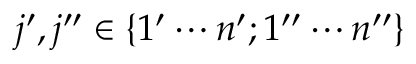
j ^ { \prime } , j ^ { \prime \prime } \in \{ 1 ^ { \prime } \cdots n ^ { \prime } ; 1 ^ { \prime \prime } \cdots n ^ { \prime \prime } \}